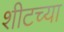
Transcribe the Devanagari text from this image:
शीटच्या